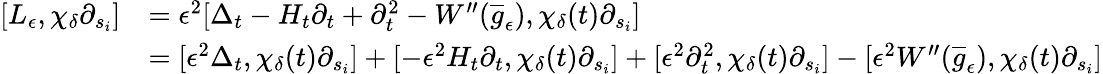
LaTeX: \begin{array}{rl}{[L_{\epsilon},\chi_{\delta}\partial_{s_{i}}]}&{=\epsilon^{2}[\Delta_{t}-H_{t}\partial_{t}+\partial_{t}^{2}-W^{\prime\prime}(\overline{{g}}_{\epsilon}),\chi_{\delta}(t)\partial_{s_{i}}]}\\ &{=[\epsilon^{2}\Delta_{t},\chi_{\delta}(t)\partial_{s_{i}}]+[-\epsilon^{2}H_{t}\partial_{t},\chi_{\delta}(t)\partial_{s_{i}}]+[\epsilon^{2}\partial_{t}^{2},\chi_{\delta}(t)\partial_{s_{i}}]-[\epsilon^{2}W^{\prime\prime}(\overline{{g}}_{\epsilon}),\chi_{\delta}(t)\partial_{s_{i}}]}\end{array}